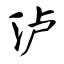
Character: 泸